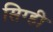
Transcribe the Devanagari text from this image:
सिग्ही